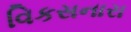
વિકસનારા